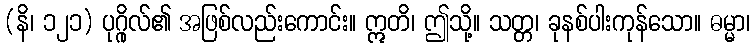
(နိ၊ ၁၂၁) ပုဂ္ဂိုလ်၏ အဖြစ်လည်းကောင်း။ ဣတိ၊ ဤသို့။ သတ္တ၊ ခုနစ်ပါးကုန်သော။ ဓမ္မာ၊